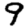
Digit: 9